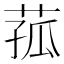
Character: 菰